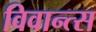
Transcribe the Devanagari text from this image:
विवान्त्स